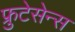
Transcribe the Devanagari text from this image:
फ्रुटेसेन्स